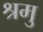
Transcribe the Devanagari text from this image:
श्रमु